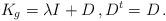
LaTeX: \begin{align*}K_g = \lambda I +D\,,D^t=D\,. \end{align*}